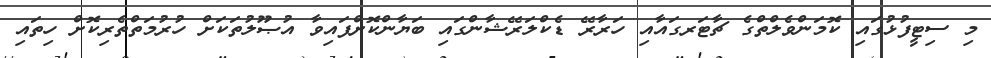
މި ސިޓީފުޅުގައި ކޮމަންވެލްތްގެ ޗާޓަރގައާއި ހަރާރޭ ޑެކްލަރޭޝާންގައި ބަޔާންކޮށްފައިވާ އުޞޫލުތަކަށް ހުރުމަތްތެރިކޮށް ހިތައި